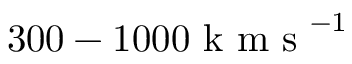
3 0 0 - 1 0 0 0 \mathrm { ~ k ~ m ~ s ~ } ^ { - 1 }